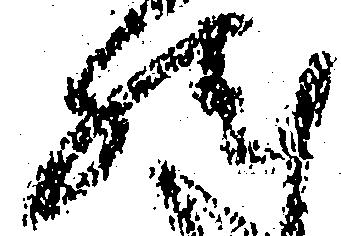
然